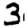
Digit: 3